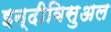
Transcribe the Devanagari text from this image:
इन्दीविसुअल